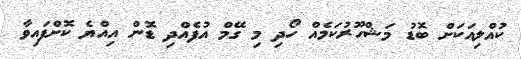
ކުއްލިއަކަށް ބޮޑު މަޝްހޫރުކަމެއް ހޯދި މި ގޭމް އުފެއްދި ޑޮން އިއްޔެ ކޮށްފައިވާ